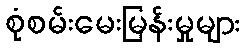
စုံစမ်းမေးမြန်းမှုများ